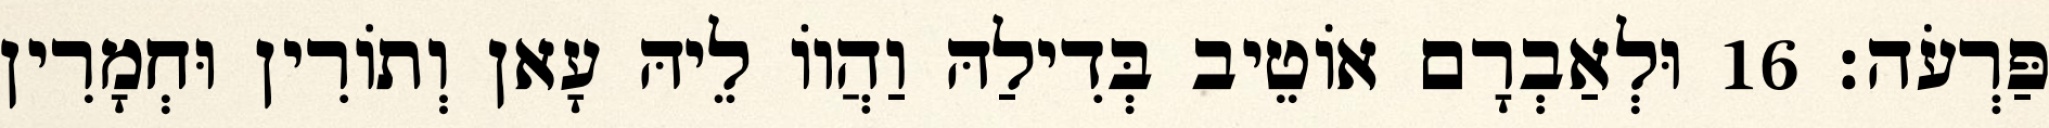
פַּרְעֹה׃ 16 וּלְאַבְרָם אוֹטֵיב בְּדִילַהּ וַהֲווֹ לֵיהּ עָאן וְתוֹרִין וּחְמָרִין